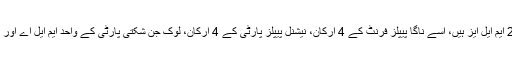
60 رکنی ایوان میں بی جے پی کے 21 ایم ایل ایز ہیں، اِسے ناگا پیپلز فرنٹ کے 4 ارکان، نیشنل پیپلز پارٹی کے 4 ارکان، لوک جن شکتی پارٹی کے واحد ایم ایل اے اور آزاد رکن اسدالدین کی تائید حاصل ہوئی۔